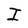
Character: I